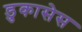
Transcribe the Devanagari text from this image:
डुकासेस